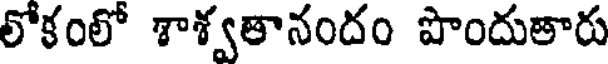
లోకంలో శాశ్వతానందం పొందుతారు